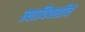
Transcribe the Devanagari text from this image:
त्यादिवशीचे